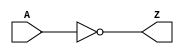
module inv_1 (input A,
				output Z);
		assign Z = ~A;
	endmodule